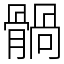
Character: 䯞